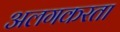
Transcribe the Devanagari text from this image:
अलगकरता